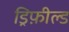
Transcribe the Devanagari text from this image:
ड्रिफ़ील्ड